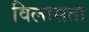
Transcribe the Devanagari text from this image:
विलासता